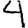
Digit: 4